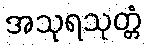
အသုရသုတ္တံ